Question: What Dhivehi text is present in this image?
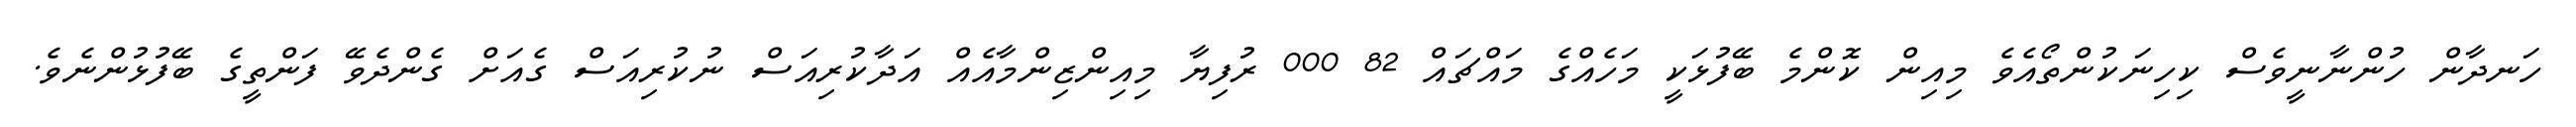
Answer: ހަނދާން ހުންނާނީވެސް ކިހިނަކުންތޯއެވެ މިއިން ކޮންމެ ބޭފުޅަކީ މަހެއްގެ މައްޗައް 82 000 ރުފިޔާ މިއިންޒިންމާއެއް އަދާކުރިއަސް ނުކުރިއަސް ގެއަށް ގެންދެވޭ ފަންތީގެ ބޭފުޅުންނެވެ.